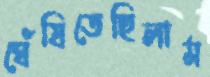
ঘেঁষিতেছিলাম